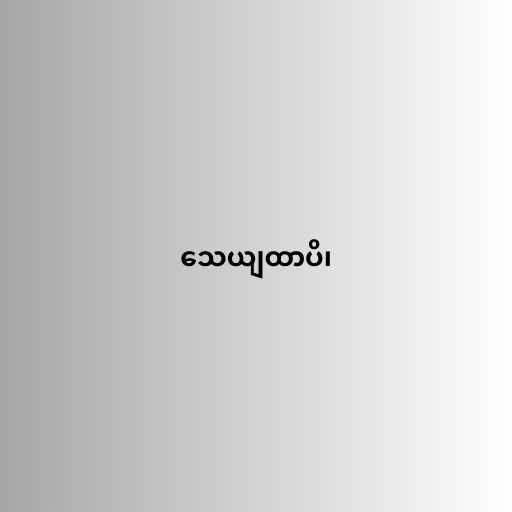
သေယျထာပိ၊